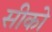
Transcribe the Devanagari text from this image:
सीको